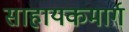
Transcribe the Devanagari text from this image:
साहायकमार्ग